Lunatic asylums Punjab 1868-1880 - 1868-1880
Year: 1868
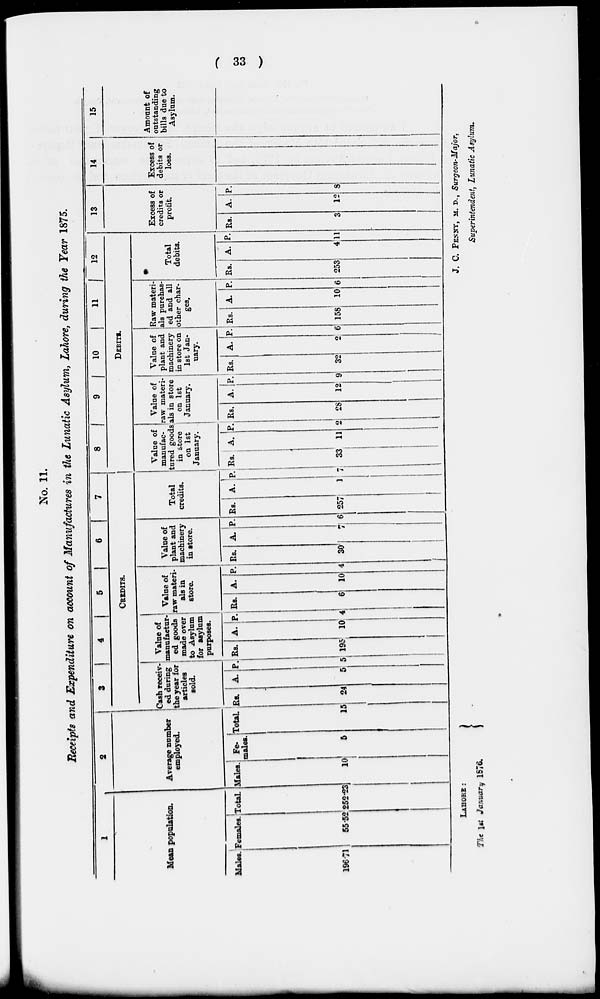
( 33 )
No. 11.
Receipts and Expenditure on account of Manufactures in the Lunatic Asylum, Lahore, during the Year 1875.
1
Mean population.
Males.
196.71
Females.
55.52
Total.
252.23
2
Average number
employed.
Males.
10
Fe-
males.
5
Total.
15
3
4
5
6
7
CREDITS.
Cash receiv-
ed during
the year for
articles
sold.
Rs.
24
A.
5
P.
5
Value of
manufactur-
ed goods
made over
to Asylum
for asylum
purposes.
Rs.
195
A.
10
P.
4
Value of
raw materi-
als in
store.
Rs.
6
A.
10
P.
4
Value of
plant and
machinery
in store.
Rs.
30
A.
7
P.
6
Total
credits.
Rs.
257
A.
1
P.
7
8
9
10
11
12
DEBITS.
Value of
manufac-
tured goods
in store
on 1st
January.
Rs.
33
A.
11
P.
2
Value of
raw materi-
als in store
on 1st
January.
Rs.
28
A.
12
P.
9
Value of
plant and
machinery
in store on
1st Jan-
nary.
Rs.
32
A.
2
P.
6
Raw materi-
als purchas-
ed and all
other char-
ges.
Rs.
158
A.
10
P.
6
Total
debits.
Rs.
253
A.
4
P.
11
13
Excess of
credits or
profit.
Rs.
3
A.
12
P.
8
14
Excess of
debits or
loss.
15
Amount of
outstanding
bills due to
Asylum.
LAHORE:
The 1st January 1876.
J. C. PENNY, M. D., Surgeon-Major,
Superintendent, Lunatic Asylum.